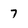
Character: 7